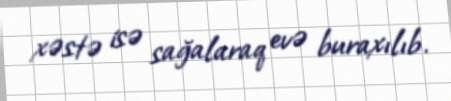
xəstə isə sağalaraq evə buraxılıb.